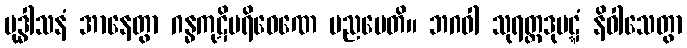
ဗုဒ္ဓါသနံ အာနေတွာ ဂန္ဓကုဋိပရိဝေဏေ ပညပေတိ။ ဘဂဝါ သုရတ္တဒုပဋ္ဋံ နိဝါသေတွာ